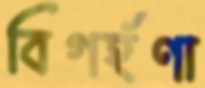
বিগর্হণা